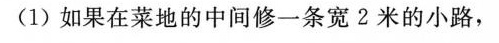
(1)如果在菜地的中间修一条宽2米的小路，